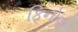
ફિનોલ